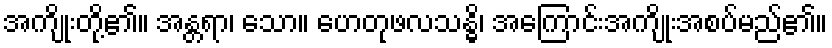
အကျိုးတို့၏။ အန္တရာ၊ သော။ ဟေတုဖလသန္ဓိ၊ အကြောင်းအကျိုးအစပ်မည်၏။